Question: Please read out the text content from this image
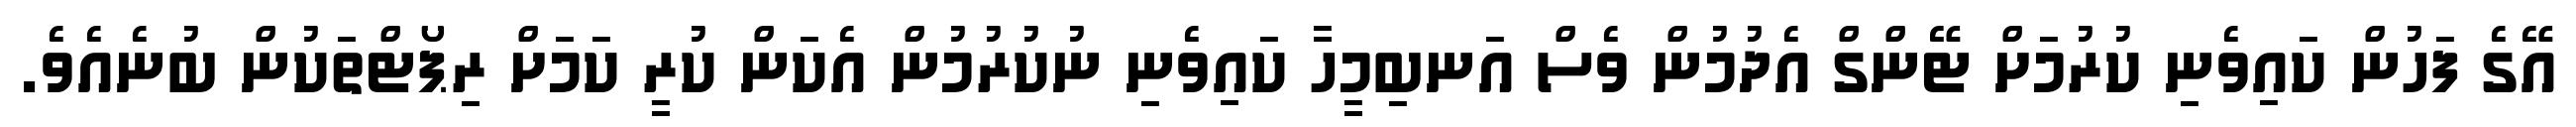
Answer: އޭގެ ފަހުން ކައިވެނި ކުރުމަށް ޓޭންގް އެދުމުން ވެސް އަނބިމީހާ ކައިވެނި ނުކުރުމުން އެކަން ކުރީ ކަމަށް ރިޕޯޓްތަކުން ބުނެއެވެ.